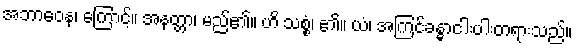
အဘာဝေန၊ ကြောင့်။ အနတ္တာ၊ မည်၏။ ဟိ သစ္စံ၊ ၏။ ယံ၊ အကြင်ခန္ဓာငါးပါးတရားသည်။